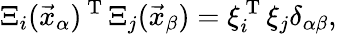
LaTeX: \Xi_{i}(\vec{x}_{\alpha})^{\mathrm{~T~}}\Xi_{j}(\vec{x}_{\beta})=\xi_{i}^{\mathrm{~T~}}\xi_{j}\delta_{\alpha\beta},